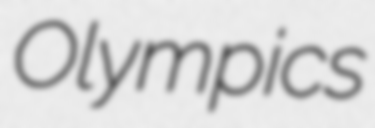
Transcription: Olympics